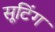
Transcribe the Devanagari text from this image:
सूटिंग